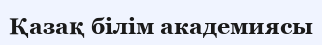
Қазақ білім академиясы